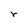
Character: r